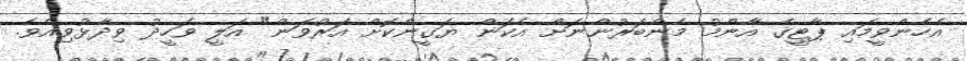
އެހެންވީމައި ޕާޓީގެ އާންމު މެންބަރުންނަށް އެކަން ޔަގީންކޮށް އަރުވަން" އަލީ ވަހީދު ވިދާޅުވިއެވެ.